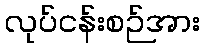
လုပ်ငန်းစဉ်အား